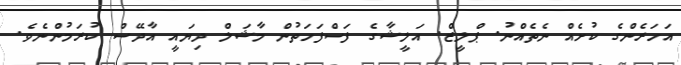
އަހަރެންގެ ކުށެއް ނެތެއްނު. ޕްލީޒް. އަލީޝާގެ ފަސްފަހަތުން މާޝަލް ދިޔައީ އާދޭސް ކުރަމުންނެވެ.